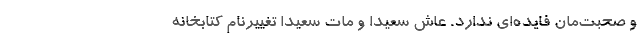
و صحبت‌مان فایده‌ای ندارد. عاش سعیداً و مات سعیداً تغییرنام کتابخانه